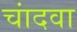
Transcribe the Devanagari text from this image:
चांदवा